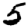
Digit: 5